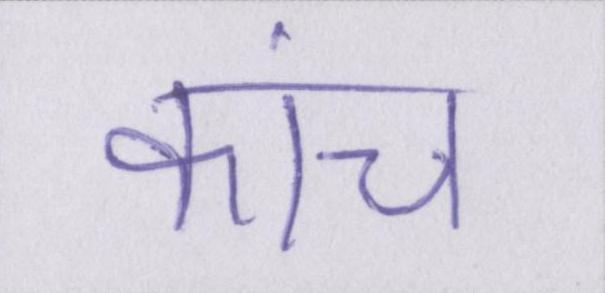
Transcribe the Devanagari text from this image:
कांच